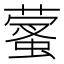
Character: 𦻩